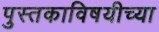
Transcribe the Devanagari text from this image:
पुस्तकाविषयीच्या